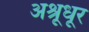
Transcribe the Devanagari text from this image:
अश्रूधूर